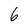
Character: 6